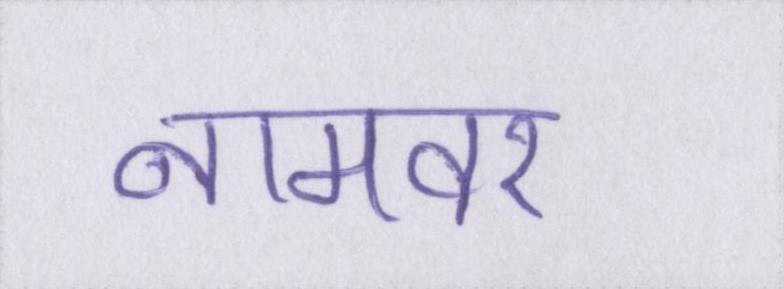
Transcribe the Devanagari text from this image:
नामवर